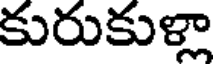
కురుకుళ్లా